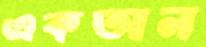
একতান